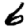
Digit: 6